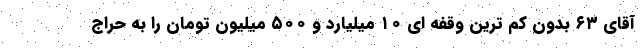
آقای ۶۳ بدون کم ترین وقفه ای ۱۰ میلیارد و ۵۰۰ میلیون تومان را به حراج